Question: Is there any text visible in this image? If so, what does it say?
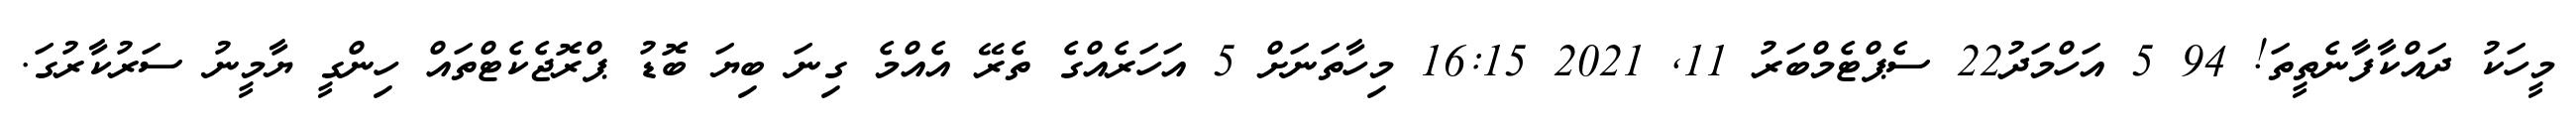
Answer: މީހަކު ދައްކާފާނެތީތަ! 94 5 އަހްމަދު22 ސެޕްޓެމްބަރު 11, 2021 16:15 މިހާތަނަށް 5 އަހަރެއްގެ ތެރޭ އެއްމެ ގިނަ ބިޔަ ބޮޑު ޕްރޮޖެކެޓްތައް ހިންގީ ޔާމީނު ސަރުކާރުގަ.